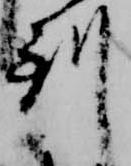
到